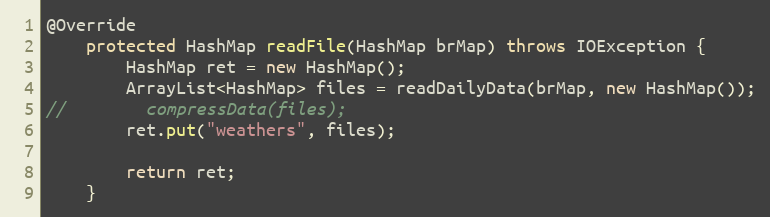
Language: Java
@Override
    protected HashMap readFile(HashMap brMap) throws IOException {
        HashMap ret = new HashMap();
        ArrayList<HashMap> files = readDailyData(brMap, new HashMap());
//        compressData(files);
        ret.put("weathers", files);

        return ret;
    }